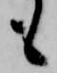
も